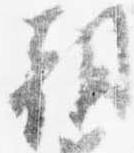
朝